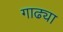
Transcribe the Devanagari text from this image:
गाढ्या